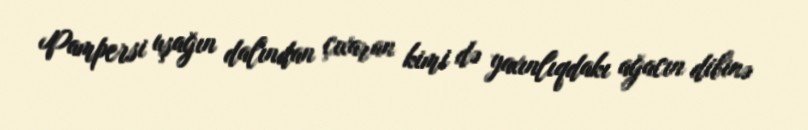
Pampersi uşağın dalından çıxaran kimi də yaxınlıqdakı ağacın dibinə